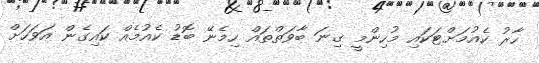
ހާރު ކެއުމަށްޓަކައި މުހިންމީ ގިނަ ބާވަތްތައް ހިމެނޭ ބޮޑު ކެއުމެއް ކައިގެން އަވަހަށް